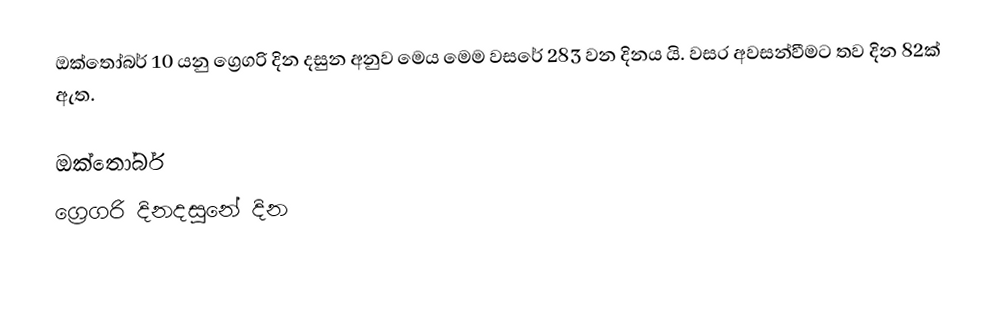
ඔක්තෝබර් 10 යනු ග්‍රෙගරි දින දසුන අනුව මෙය මෙම වසරේ 283 වන දිනය යි. වසර අවසන්වීමට තව දින 82ක් ඇත.

ඔක්තෝබර්
ග්‍රෙගරි දිනදසුනේ දින